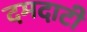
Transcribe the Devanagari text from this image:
दमदाटी